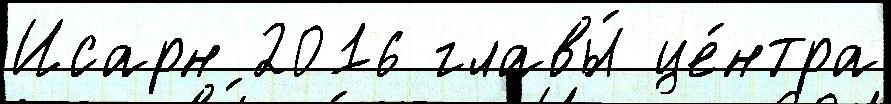
Исарн 2016 главы́ це́нтра